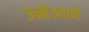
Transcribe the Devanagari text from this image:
उन्हेअपने